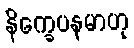
နိက္ခေပနမာဟု